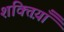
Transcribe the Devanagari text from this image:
शक्तिय़ाँ